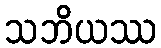
သဘိယဿ